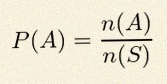
P(A)=\frac{n(A)}{n(S)}